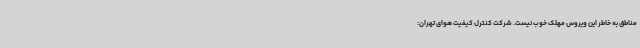
مناطق به خاطر این ویروس مهلک خوب نیست. شرکت کنترل کیفیت هوای تهران: